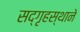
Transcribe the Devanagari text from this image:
सद्‌गृहस्थाने